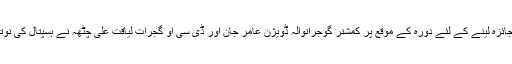
وزیر اعلی پنجاب میاں شہباز شریف کے متوقع دورہ گجرات کے حوالے سے انتظامات کا جائزہ لینے کے لئے دورہ کے موقع پر کمشنر گوجرانوالہ ڈویژن عامر جان اور ڈی سی او گجرات لیاقت علی چٹھہ نے ہسپتال کی نوتعمیر شدہ عمارت کا تفصیلی دورہ کیا اورآخری مراحل میں جاری تعمیراتی کام کا جائزہ لیا۔